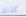
كذلك